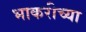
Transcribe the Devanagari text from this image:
भाकरीच्या